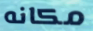
مكانه